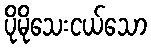
ပိုမိုသေးငယ်သော